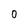
Character: 0